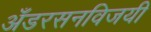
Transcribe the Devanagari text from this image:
अँडरसनविजयी